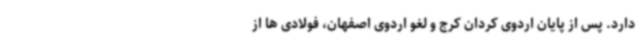
دارد. پس از پایان اردوی کردان کرج و لغو اردوی اصفهان، فولادی ها از